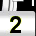
Digit: 2